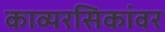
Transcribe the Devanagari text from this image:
काव्यरसिकांवर